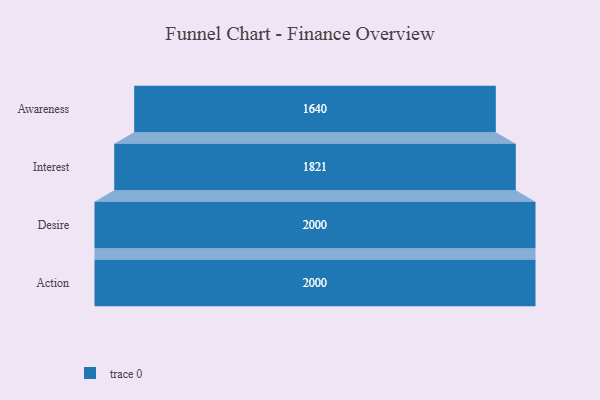
{"axis": {"x": "Stage", "y": "Value"}, "legend": [""], "data": [{"x": "Awareness", "y": 1640.0, "type": ""}, {"x": "Interest", "y": 1821.0, "type": ""}, {"x": "Desire", "y": 2000, "type": ""}, {"x": "Action", "y": 2000, "type": ""}]}